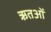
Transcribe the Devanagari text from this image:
ऋतओं